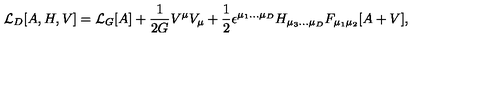
{ \cal L } _ { D } [ A , H , V ] = { \cal L } _ { G } [ A ] + \frac { 1 } { 2 G } V ^ { \mu } V _ { \mu } + \frac { 1 } { 2 } \epsilon ^ { \mu _ { 1 } . . . \mu _ { D } } H _ { \mu _ { 3 } . . . \mu _ { D } } F _ { \mu _ { 1 } \mu _ { 2 } } [ A + V ] ,